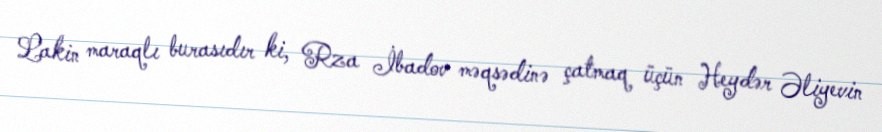
Lakin maraqlı burasıdır ki, Rza İbadov məqsədinə çatmaq üçün Heydər Əliyevin